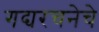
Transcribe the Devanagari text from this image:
गद्यरचनेचे